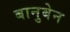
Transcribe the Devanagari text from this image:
बानुबेन